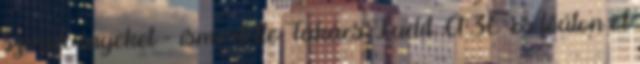
szerelvényeket - ismertette Takács Judit. A 36-os főúton öt